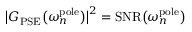
\big | G _ { \mathrm { P S E } } \big ( \omega _ { n } ^ { \mathrm { p o l e } } \big ) \big | ^ { 2 } = \mathrm { S N R } \big ( \omega _ { n } ^ { \mathrm { p o l e } } \big )